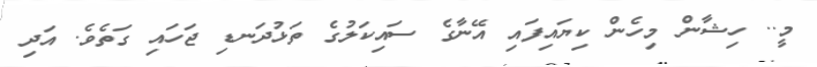
މީ.. ހިޝާން މިހެން ކިޔައިފައި އޭނާގެ ސައިކަލުގެ ތަޅުދަނޑި ޖަހައި ގަތެވެ. އަދި